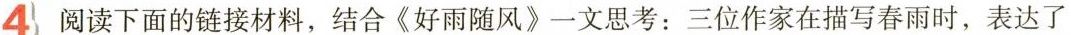
4 阅读下面的链接材料，结合《好雨随风》一文思考：三位作家在描写春雨时，表达了